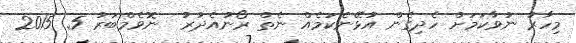
މިހާރު ނުވާކަމަށް ހެދިގެން އުޅޭނެކަމެއް ނެތް ރޯނުއެދުރު  ނޮވެމްބަރު 5